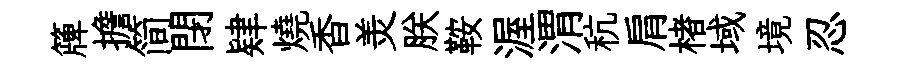
簰擔简閉肄燒香羙朕鞍渥渭秔肩楮域境忍